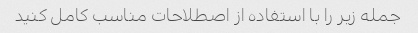
جمله زیر را با استفاده از اصطلاحات مناسب کامل کنید